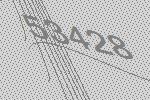
53428